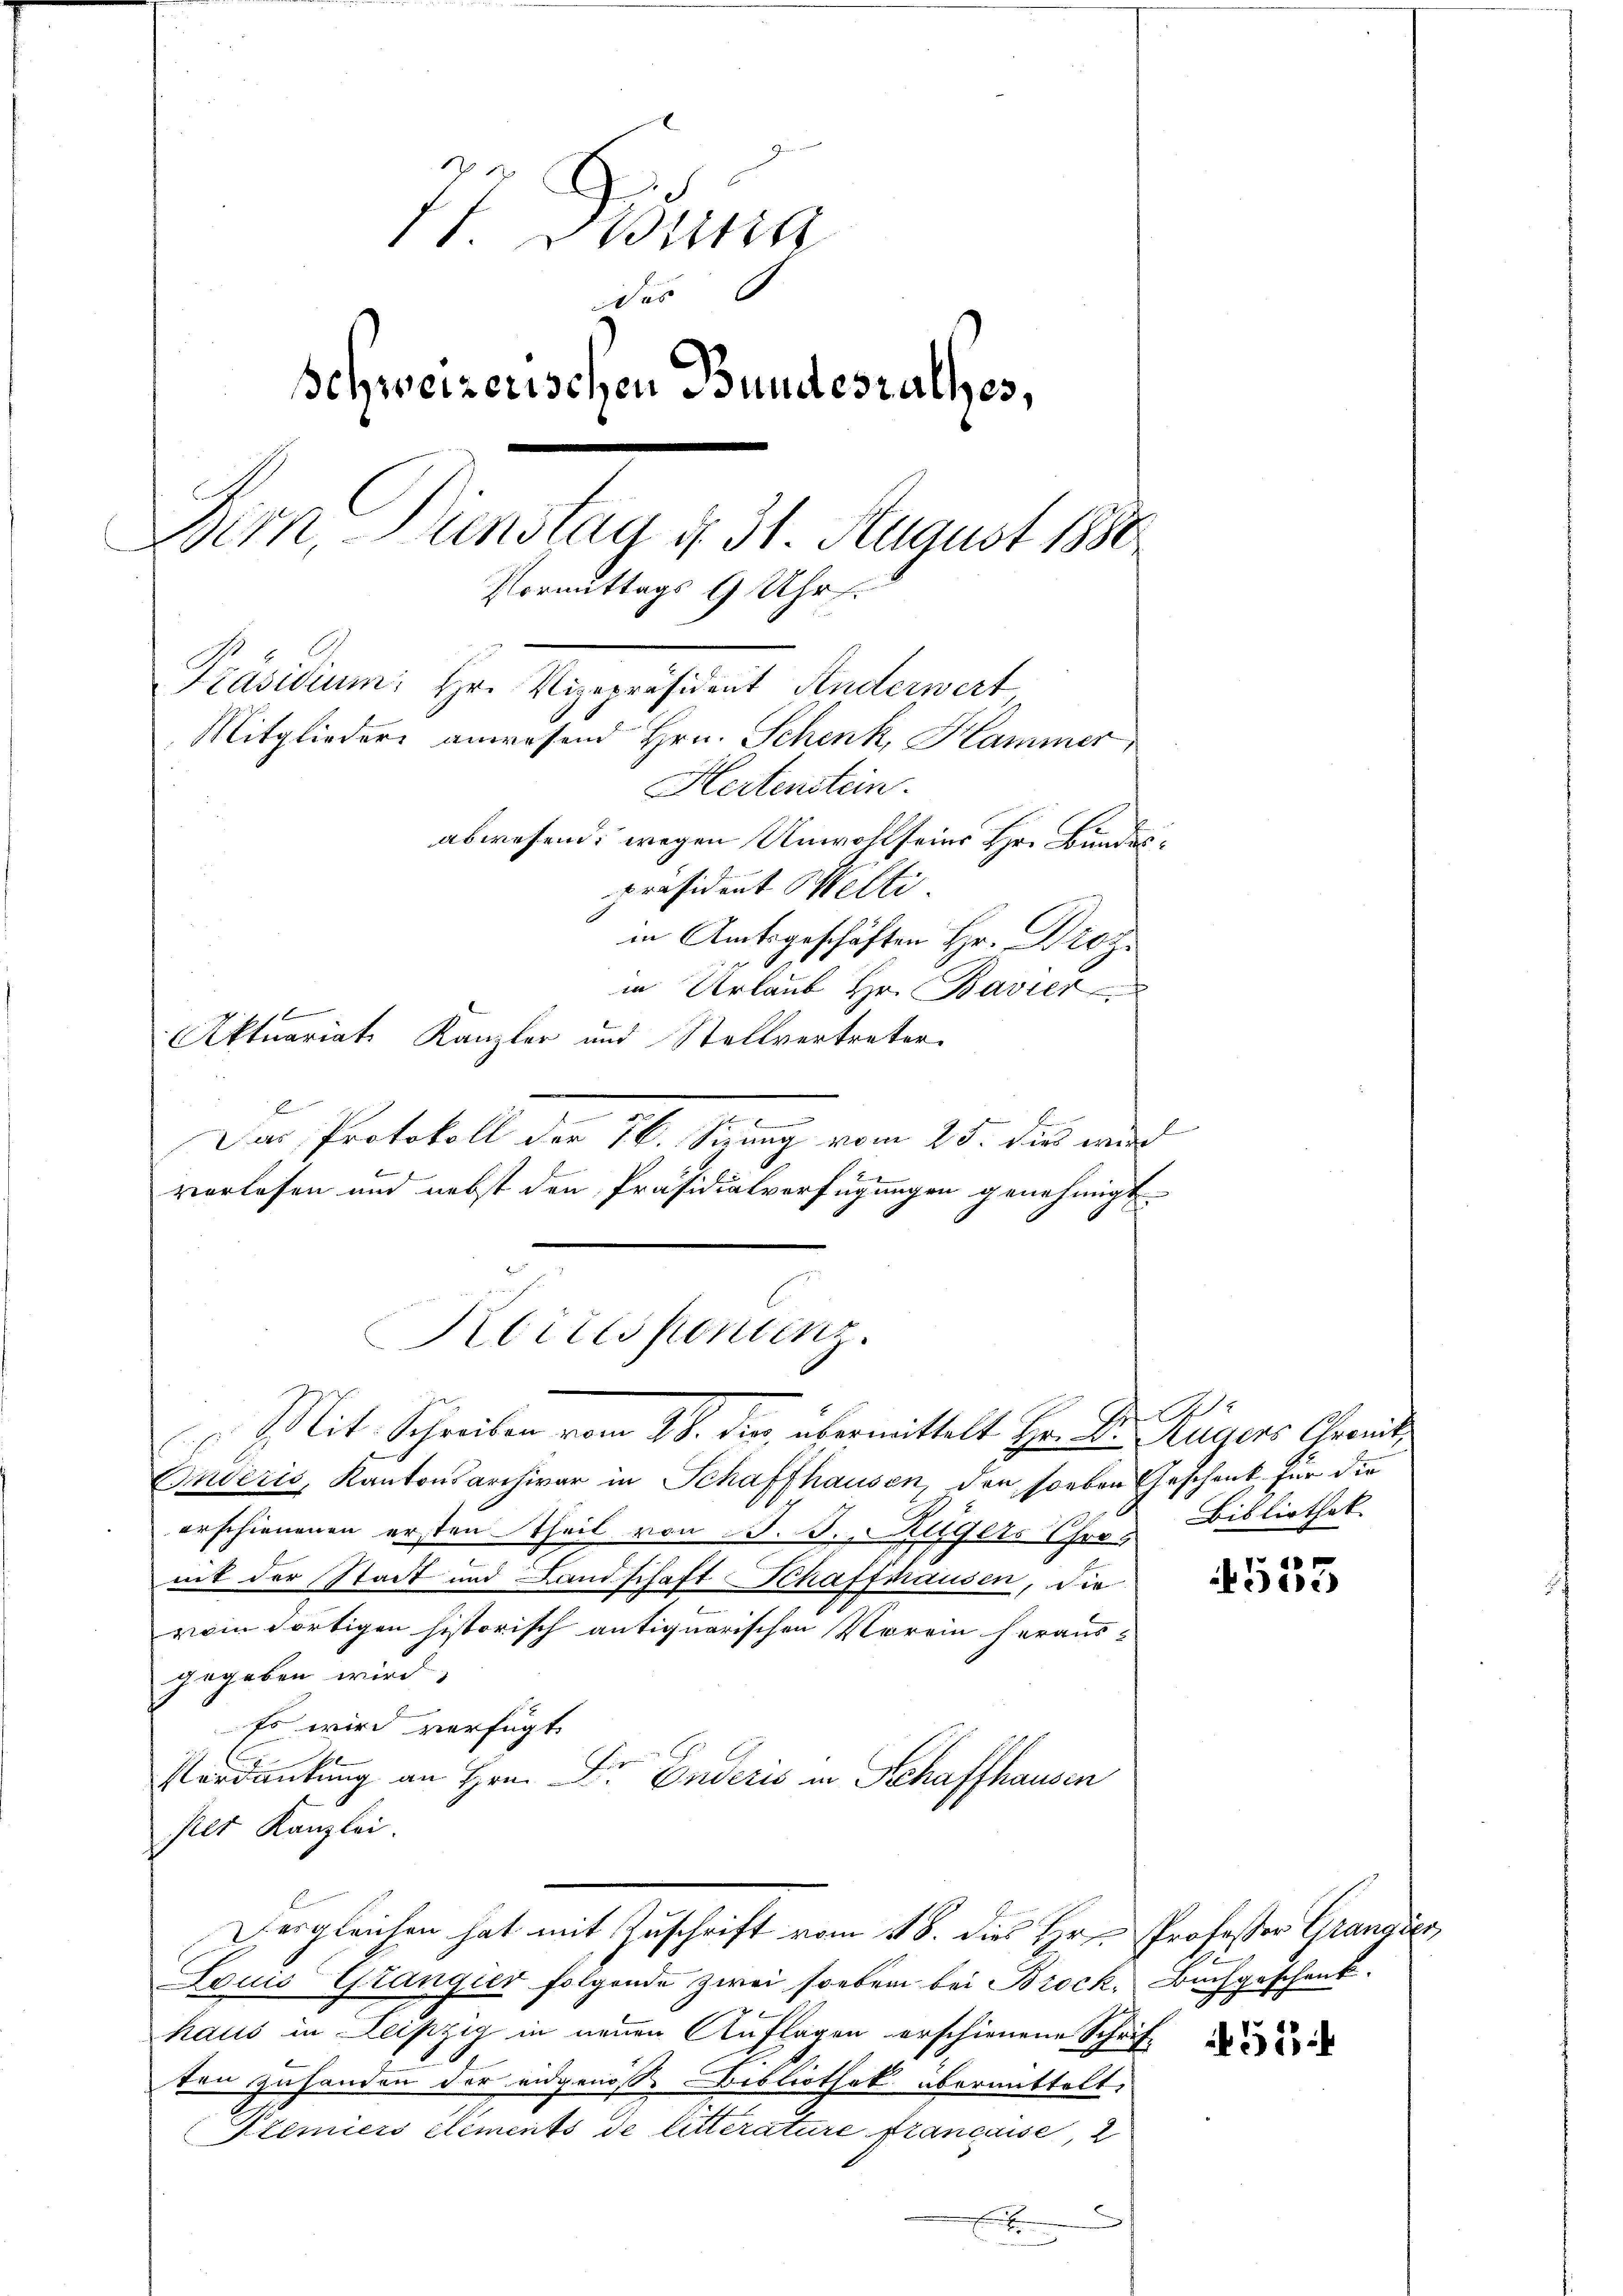
I. Wirtin
tus 6
Schweizerischen Bundesrathes,
Dirn, Dienstag d. 31 August 1880
Vormittags 9 Uhr.
Präsidium: Hr. Vizepräsident Anderwert
Mitgliedere anwesend Hrn. Schenk, Hammer
Hertenstein.
abwesend, wegen Unwohl seins Hr. Bundespräsident Melti
in Amtsgeschäften Hr. Droz
in Urlaub Hr. Bavier
Aktuariats Kanzler und Stellvertreter

E
.
Das Protokoll der 76. Sizung vom 25. dies wird
verlesen und nebst den Präsidialverfügungen genehmigt.
Korrespontenz.

Mit Schreiben vom 28. die, übermittelt Hr. Dr. Augers Chemnit

Paderis, Kantonsarchivar in Schaffhausen, der soeben Geschenk für die
erschienenen ersten Theil von §. 3. Klägers Chros
mit der Stadt und Landschaft Schaffhausen, die
vom dortigen historisch antiquarischen Vorein heraus-
gegeben wird,
Es wird verfügt:
Verdankung an Hrn. Dr. Enderis in Schaffhausen
per Kanzlei
Vergleichen hat mit Zuschrift vom 18. dies Hr. Professor Grangier
Louis Grangier folgende zwei soeben bei Brock, Buchgeschenk.
haus in Leipzig in neuen Auflagen erschienene Schrift de
ten zuhanden der eidgenösse Bibliothek übermittelt.
Etemiers Elements de litterature francasse, 2
x

A
Bibliothek

e
de